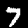
Label: 7